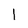
Character: l